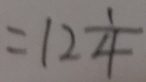
= 1 2 \frac { 1 } { 4 }